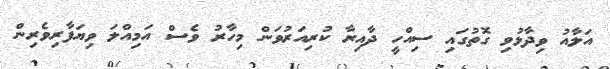
އަލާއު ވިދާޅުވި ގޮތުގައި ސިއްހީ ދާއިރާ ކުރިއަރުވަން މިހާރު ވެސް އަމިއްލަ ވިޔަފާރިވެރިން